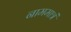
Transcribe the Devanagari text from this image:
नाममात्रं